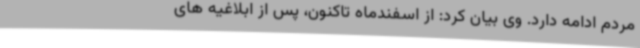
مردم ادامه دارد. وی بیان کرد: از اسفندماه تاکنون، پس از ابلاغیه های